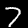
Digit: 7